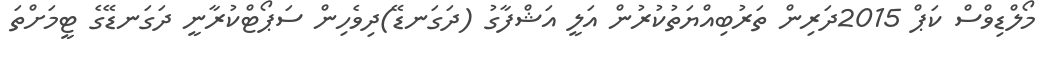
މޯލްޑިވްސް ކަޕް 2015ދަރިން ތަރުބިއްޔަތުކުރުން އަލީ އަޝްފާގު (ދަގަނޑޭ)ދިވެހިން ސަޕޯޓްކުރާނީ ދަގަނޑޭގެ ޓީމަށްތަ